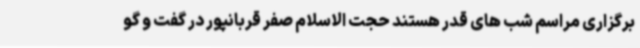
برگزاری مراسم شب های قدر هستند حجت الاسلام صفر قربانپور در گفت و گو